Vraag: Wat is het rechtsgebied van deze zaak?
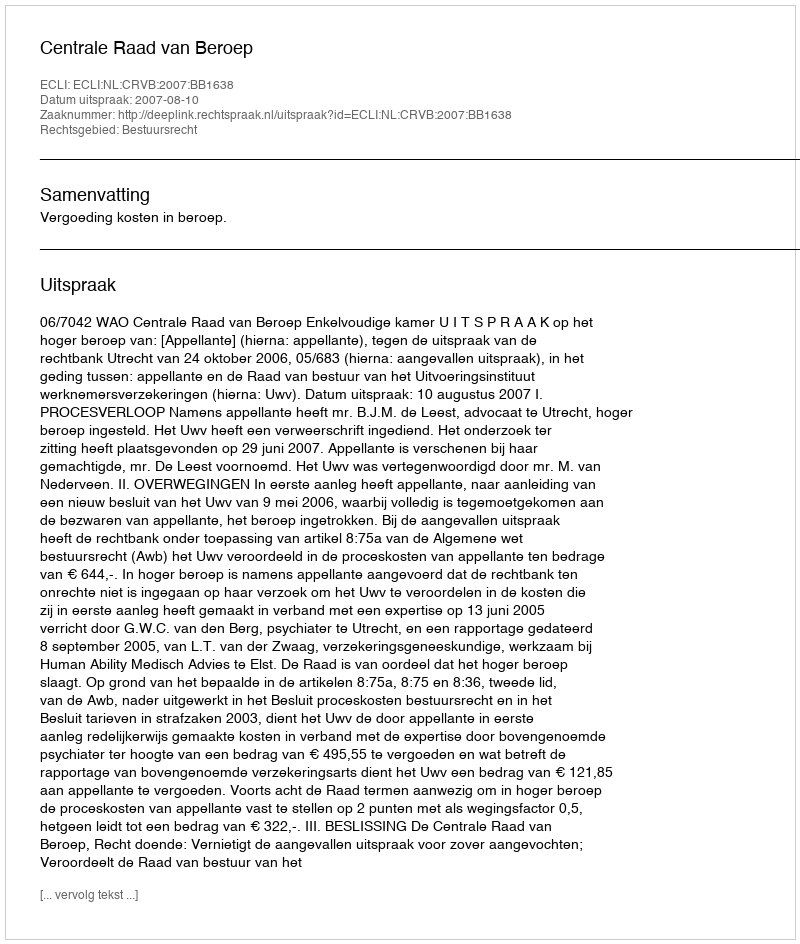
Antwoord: Bestuursrecht